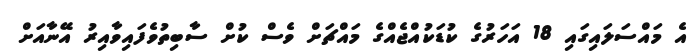
އެ މައްސަލައިގައި 18 އަހަރުގެ ކުޑަކުއްޖެއްގެ މައްޗަށް ވެސް ކުށް ސާބިތުވެފައިވާއިރު އޭނާއަށް